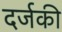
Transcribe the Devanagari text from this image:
दर्जकी